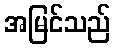
အမြင်သည်